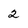
Character: 2